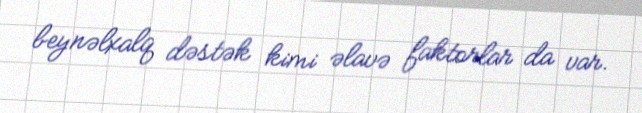
beynəlxalq dəstək kimi əlavə faktorlar da var.